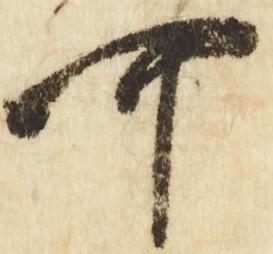
可